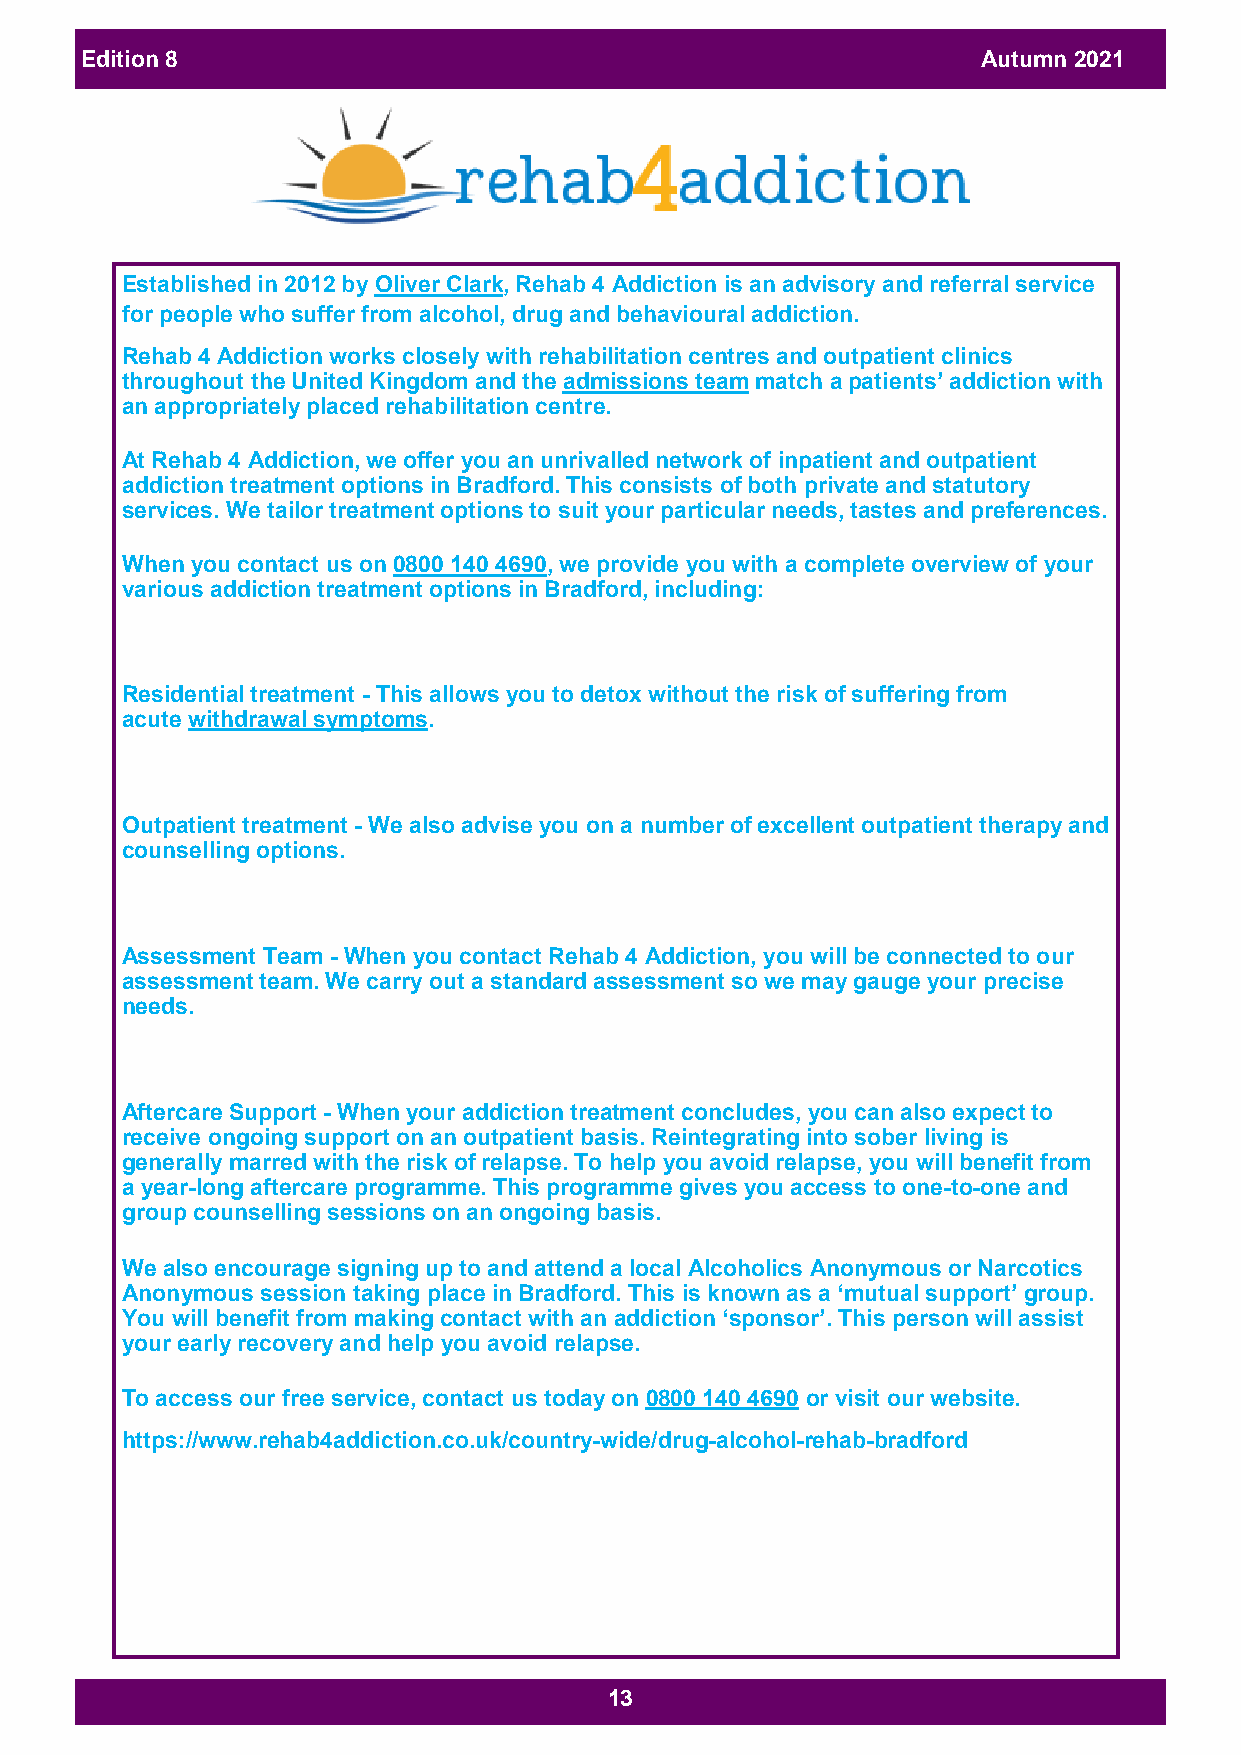
Edition 8                                                   Autumn 2021
 Established in 2012 by Oliver Clark, Rehab 4 Addiction is an advisory and referral service
 for people who suffer from alcohol, drug and behavioural addiction.
 Rehab 4 Addiction works closely with rehabilitation centres and outpatient clinics
 throughout the United Kingdom and the admissions team match a patients’ addiction with
 an appropriately placed rehabilitation centre.
 At Rehab 4 Addiction, we offer you an unrivalled network of inpatient and outpatient
 addiction treatment options in Bradford. This consists of both private and statutory
 services. We tailor treatment options to suit your particular needs, tastes and preferences.
 When you contact us on 0800 140 4690, we provide you with a complete overview of your
 various addiction treatment options in Bradford, including:
 Residential treatment - This allows you to detox without the risk of suffering from
 acute withdrawal symptoms.
 Outpatient treatment - We also advise you on a number of excellent outpatient therapy and
 counselling options.
 Assessment Team - When you contact Rehab 4 Addiction, you will be connected to our
 assessment team. We carry out a standard assessment so we may gauge your precise
 needs.
 Aftercare Support - When your addiction treatment concludes, you can also expect to
 receive ongoing support on an outpatient basis. Reintegrating into sober living is
 generally marred with the risk of relapse. To help you avoid relapse, you will benefit from
 a year-long aftercare programme. This programme gives you access to one-to-one and
 group counselling sessions on an ongoing basis.
 We also encourage signing up to and attend a local Alcoholics Anonymous or Narcotics
 Anonymous session taking place in Bradford. This is known as a ‘mutual support’ group.
 You will benefit from making contact with an addiction ‘sponsor’. This person will assist
 your early recovery and help you avoid relapse.
 To access our free service, contact us today on 0800 140 4690 or visit our website.
 https://www.rehab4addiction.co.uk/country-wide/drug-alcohol-rehab-bradford
 13